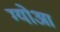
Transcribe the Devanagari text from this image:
ग्योआ